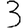
Digit: 3